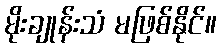
မိုးချုန်းသံ မဖြစ်နိုင်။